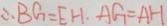
\therefore B G = E H . A G = A H